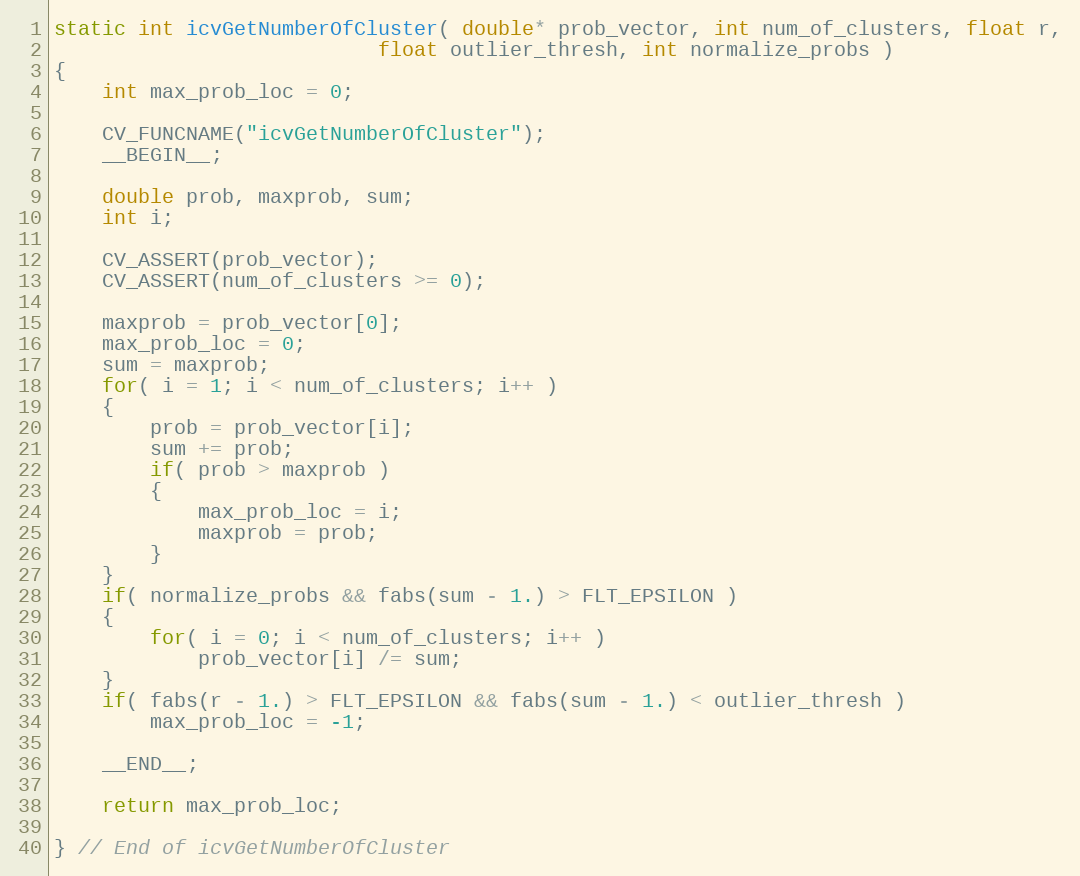
Language: C++
static int icvGetNumberOfCluster( double* prob_vector, int num_of_clusters, float r,
                           float outlier_thresh, int normalize_probs )
{
    int max_prob_loc = 0;

    CV_FUNCNAME("icvGetNumberOfCluster");
    __BEGIN__;

    double prob, maxprob, sum;
    int i;

    CV_ASSERT(prob_vector);
    CV_ASSERT(num_of_clusters >= 0);

    maxprob = prob_vector[0];
    max_prob_loc = 0;
    sum = maxprob;
    for( i = 1; i < num_of_clusters; i++ )
    {
        prob = prob_vector[i];
        sum += prob;
        if( prob > maxprob )
        {
            max_prob_loc = i;
            maxprob = prob;
        }
    }
    if( normalize_probs && fabs(sum - 1.) > FLT_EPSILON )
    {
        for( i = 0; i < num_of_clusters; i++ )
            prob_vector[i] /= sum;
    }
    if( fabs(r - 1.) > FLT_EPSILON && fabs(sum - 1.) < outlier_thresh )
        max_prob_loc = -1;

    __END__;

    return max_prob_loc;

} // End of icvGetNumberOfCluster